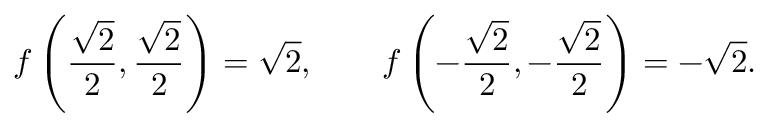
f \left( { \frac { \sqrt { 2 } } { 2 } } , { \frac { \sqrt { 2 } } { 2 } } \right) = { \sqrt { 2 } } , \qquad f \left( - { \frac { \sqrt { 2 } } { 2 } } , - { \frac { \sqrt { 2 } } { 2 } } \right) = - { \sqrt { 2 } } .